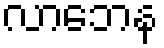
လာဘေန